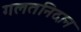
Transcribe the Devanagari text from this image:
गलतनिदान